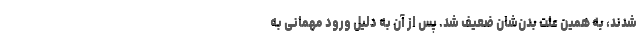
شدند، به همین علت بدن‌شان ضعیف شد. پس از آن به دلیل ورود مهمانی به